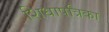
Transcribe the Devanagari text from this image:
शिधापत्रिका